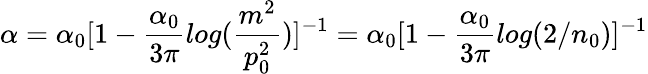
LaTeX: \alpha=\alpha_{0}[1-\frac{\alpha_{0}}{3\pi}log(\frac{m^{2}}{p_{0}^{2}})]^{-1}=\alpha_{0}[1-\frac{\alpha_{0}}{3\pi}log(2/n_{0})]^{-1}